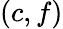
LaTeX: (c,f)